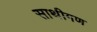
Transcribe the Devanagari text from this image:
साथीगण